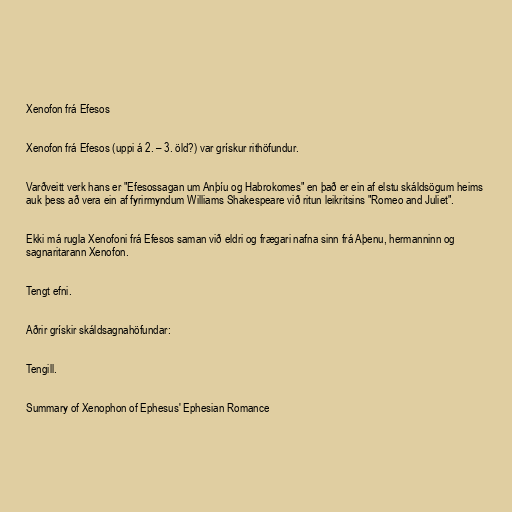
Xenofon frá Efesos

Xenofon frá Efesos (uppi á 2. – 3. öld?) var grískur rithöfundur.

Varðveitt verk hans er "Efesossagan um Anþíu og Habrokomes" en það er ein af elstu skáldsögum heims
auk þess að vera ein af fyrirmyndum Williams Shakespeare við ritun leikritsins "Romeo and Juliet".

Ekki má rugla Xenofoni frá Efesos saman við eldri og frægari nafna sinn frá Aþenu, hermanninn og
sagnaritarann Xenofon.

Tengt efni.

Aðrir grískir skáldsagnahöfundar:

Tengill.

Summary of Xenophon of Ephesus' Ephesian Romance